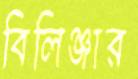
বিলিঞ্জার